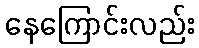
နေကြောင်းလည်း